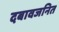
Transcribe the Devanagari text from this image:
दबावजनित